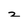
Character: 2